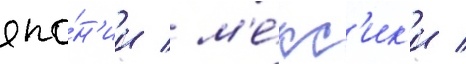
япо́н'ии / м'е́кс'ик'и /